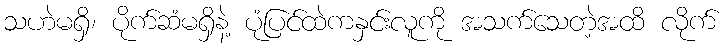
သဟဲမရှိ၊ ပိုက်ဆံမရှိနဲ့ ပုံပြင်ထဲကနှင်းလူကို အသက်သေတဲ့အထိ လိုက်